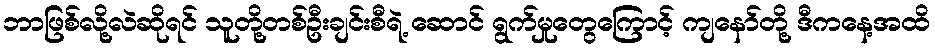
ဘာဖြစ်လို့လဲဆိုရင် သူတို့တစ်ဦးချင်းစီရဲ့ ဆောင် ရွက်မှုတွေကြောင့် ကျနော်တို့ ဒီကနေ့အထိ